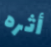
أثره